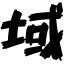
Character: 域